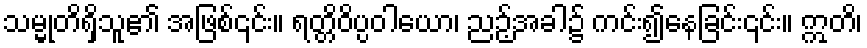
သမ္မုတိရှိသူ၏ အဖြစ်၎င်း။ ရတ္တိဝိပ္ပဝါယော၊ ညဉ့်အခါ၌ ကင်း၍နေခြင်း၎င်း။ ဣတိ၊